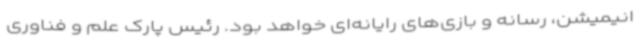
انیمیشن، رسانه و بازی‌های رایانه‌ای خواهد بود. رئیس پارک علم و فناوری